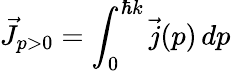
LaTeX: \vec{J}_{p>0}=\int_{0}^{\hbar k}\vec{j}(p)\, dp